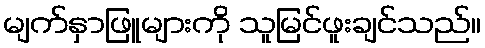
မျက်နှာဖြူများကို သူမြင်ဖူးချင်သည်။